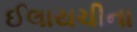
ઈલાયચીના